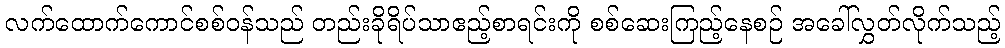
လက်ထောက်ကောင်စစ်ဝန်သည် တည်းခိုရိပ်သာဧည့်စာရင်းကို စစ်ဆေးကြည့်နေစဉ် အခေါ်လွှတ်လိုက်သည့်